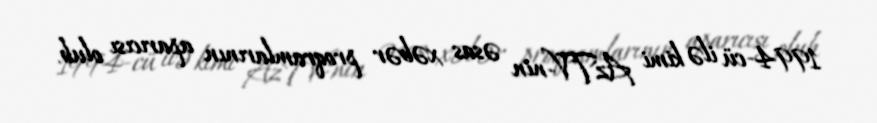
1994-cü ilə kimi AzTV-nin əsas xəbər proqramlarının aparıcısı olub.